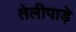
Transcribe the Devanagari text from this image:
तेलीपाड़े